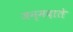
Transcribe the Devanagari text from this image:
जन्मदाते